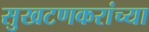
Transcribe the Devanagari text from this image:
सुखटणकरांच्या